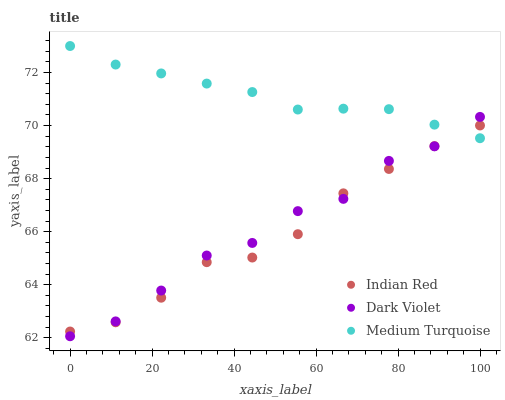
| xaxis_label | Indian Red | Dark Violet | Medium Turquoise |
 | --- | --- | --- | --- |
 | 0 | 62.2 | 62.1 | 73 |
 | 11.1 | 62.6 | 62.6 | 72.3 |
 | 22.2 | 63.5 | 63.8 | 72 |
 | 33.3 | 64.8 | 65.1 | 71.6 |
 | 44.4 | 65 | 65.6 | 71.3 |
 | 55.6 | 65.9 | 66.8 | 70.6 |
 | 66.7 | 67.4 | 67.2 | 70.6 |
 | 77.8 | 68.4 | 68.7 | 70.6 |
 | 88.9 | 69.2 | 69.2 | 70 |
 | 100 | 70 | 70.3 | 69.5 |